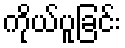
ကိုယ်ပူခြင်း